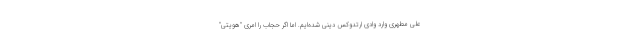
علی مطهری وارد وادی ارتدوکس دینی شده‌ایم. اما اگر حجاب را امری "هویتی"